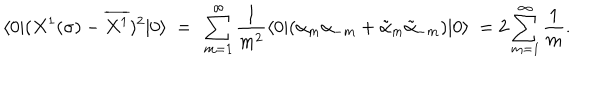
LaTeX: \langle 0 | ( X ^ { 1 } ( \sigma ) - \overline { { { X ^ { 1 } } } } ) ^ { 2 } | 0 \rangle \ = \ \sum _ { m = 1 } ^ { \infty } \frac { 1 } { m ^ { 2 } } \langle 0 | ( \alpha _ { m } \alpha _ { - m } + \tilde { \alpha } _ { m } \tilde { \alpha } _ { - m } ) | 0 \rangle \ = 2 \sum _ { m = 1 } ^ { \infty } \frac { 1 } { m } .